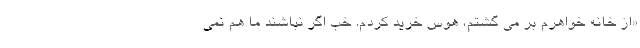
«از خانه خواهرم بر می گشتم، هوس خرید کردم. خب اگر نباشند ما هم نمی